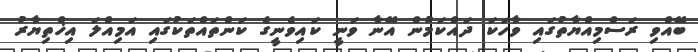
ބޭއްވި ރަސްމިއްޔާތުގައި ވާހަކަ ދައްކަމުން އޭނާ ވަނީ ކައިވެނީގެ ކަންތައްތަކުގައި އަމިއްލަ އިޚްތިޔާރު